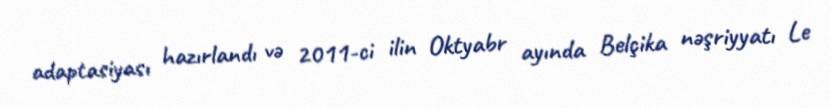
adaptasiyası hazırlandı və 2011-ci ilin Oktyabr ayında Belçika nəşriyyatı Le